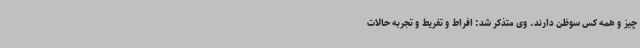
چیز و همه کس سوظن دارند. وی متذکر شد: افراط و تفریط و تجربه حالات